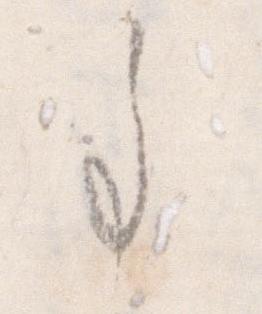
事